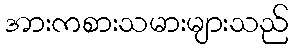
အားကစားသမားများသည်